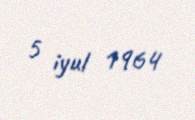
5 iyul 1964